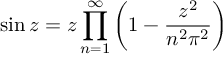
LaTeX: \sin z = z \prod _ { n = 1 } ^ { \infty } \left( 1 - { \frac { z ^ { 2 } } { n ^ { 2 } \pi ^ { 2 } } } \right)